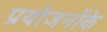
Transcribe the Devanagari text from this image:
प्रयोजनोंके